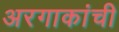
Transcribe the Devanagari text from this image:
अरगाकांची